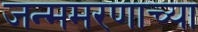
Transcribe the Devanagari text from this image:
जन्ममरणाच्या